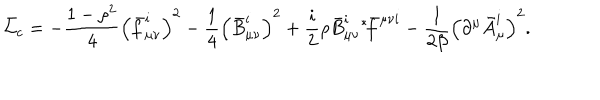
\bar { \cal L } _ { c } = - \frac { 1 - \rho ^ { 2 } } 4 \left( \bar { f } _ { \mu \nu } ^ { i } \right) ^ { 2 } - \frac 1 4 \left( \bar { B } _ { \mu \nu } ^ { i } \right) ^ { 2 } + \frac i 2 \rho \bar { B } _ { \mu \nu } ^ { i } { } ^ { \ast } \! \bar { f } ^ { \mu \nu i } - \frac 1 { 2 \beta } \left( \partial ^ { \mu } \bar { A } _ { \mu } ^ { i } \right) ^ { 2 } .